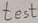
Text: test